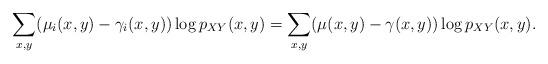
LaTeX: \begin{align*}&\sum_{x,y}(\mu_i(x,y)-\gamma_i(x,y))\log p_{XY}(x,y)=\sum_{x,y}(\mu(x,y)-\gamma(x,y))\log p_{XY}(x,y).\end{align*}